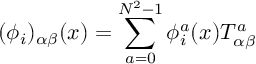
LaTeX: ( \phi _ { i } ) _ { \alpha \beta } ( x ) = \sum _ { a = 0 } ^ { N ^ { 2 } - 1 } \phi _ { i } ^ { a } ( x ) T _ { \alpha \beta } ^ { a }